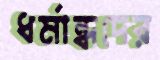
ধর্মান্ধদের